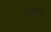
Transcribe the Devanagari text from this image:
नेवामी